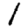
Digit: 1